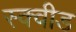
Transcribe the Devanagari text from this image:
स्क्वीड